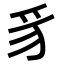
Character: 豸